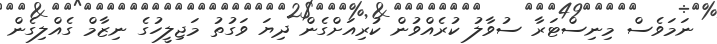
ނަމަވެސް މިނިސްޓަރާ ސުވާލު ކުރެއްވުން ކުރިއަށްގެން ދިޔަ ވަގުތު މަޖިލީހުގެ ނިޒާމް ގެއްލިގެން